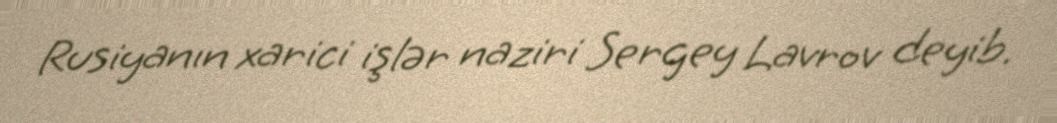
Rusiyanın xarici işlər naziri Sergey Lavrov deyib.